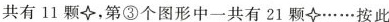
共有11颗，第③个图形中一共有21颗……按此